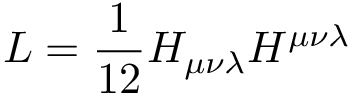
{ \cal { L } } = \frac { 1 } { 1 2 } H _ { \mu \nu \lambda } H ^ { \mu \nu \lambda }